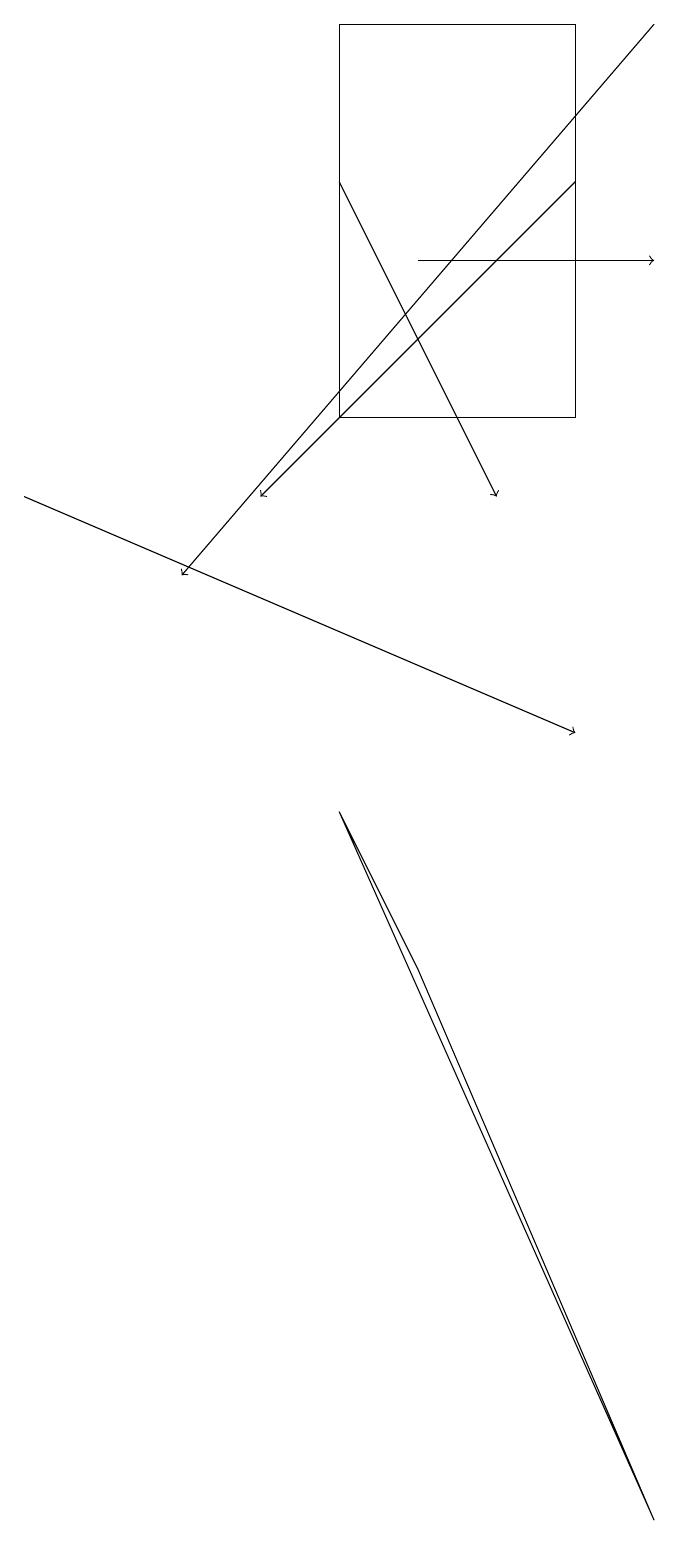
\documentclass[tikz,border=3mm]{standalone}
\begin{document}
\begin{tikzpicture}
\draw[->] (5,17) -- (7,13);
\draw[->] (9,19) -- (3,12);
\draw[->] (1,13) -- (8,10);
\draw[->] (8,17) -- (4,13);
\draw (8,14) rectangle (5,19);
\draw[->] (6,16) -- (9,16);
\draw (5,9) -- (6,7) -- (9,0) -- cycle;
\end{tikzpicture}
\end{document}